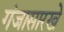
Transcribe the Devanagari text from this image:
गंजासारखे